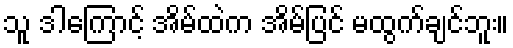
သူ ဒါကြောင့် အိမ်ထဲက အိမ်ပြင် မထွက်ချင်ဘူး။